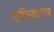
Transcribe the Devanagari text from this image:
माफियाराज